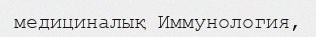
медициналық Иммунология,